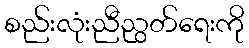
စည်းလုံးညီညွတ်ရေးကို